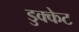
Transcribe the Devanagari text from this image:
डुक्केट